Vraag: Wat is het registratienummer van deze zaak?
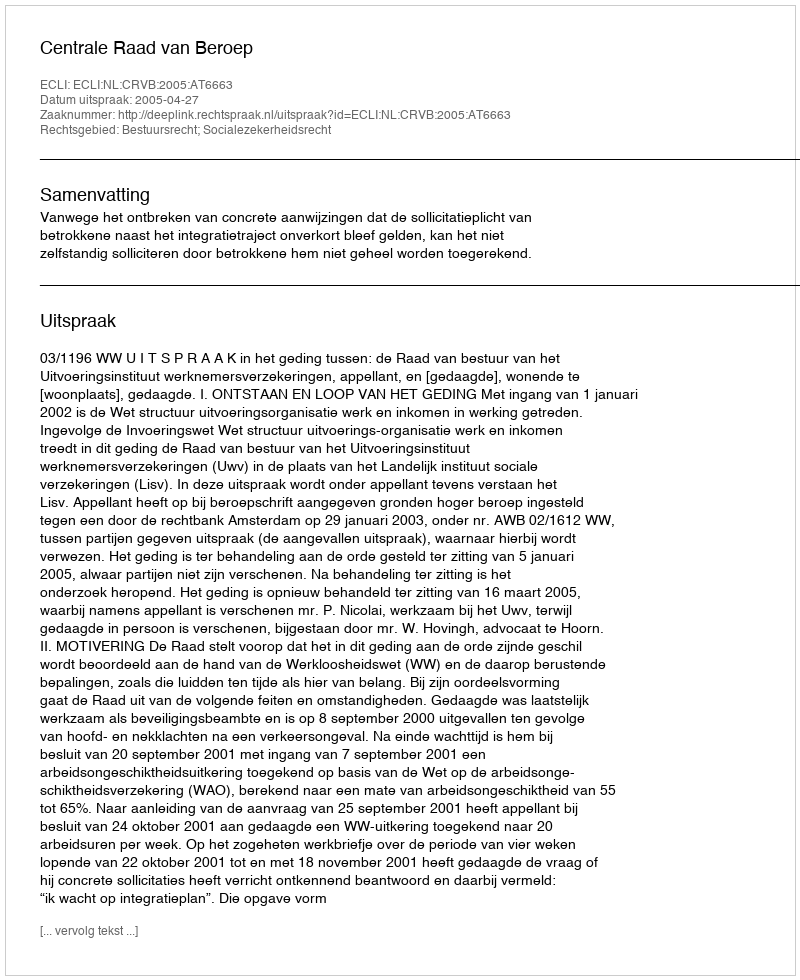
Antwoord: http://deeplink.rechtspraak.nl/uitspraak?id=ECLI:NL:CRVB:2005:AT6663